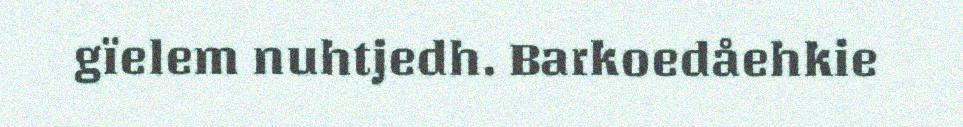
gïelem nuhtjedh. Barkoedåehkie